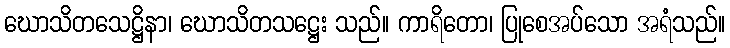
ဃောသိတသေဋ္ဌိနာ၊ ဃောသိတသဋ္ဌေး သည်။ ကာရိတော၊ ပြုစေအပ်သော အရံသည်။